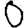
Digit: 0